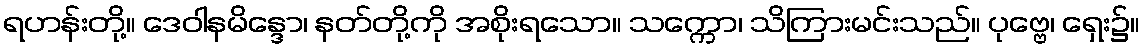
ရဟန်းတို့။ ဒေဝါနမိန္ဒော၊ နတ်တို့ကို အစိုးရသော။ သက္ကော၊ သိကြားမင်းသည်။ ပုဗ္ဗေ၊ ရှေး၌။